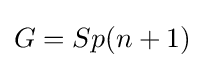
G=Sp(n+1)